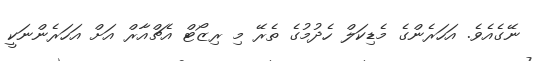
ނޭގެއެވެ. އަހަރެންގެ މެޑިކަލް ހެދުމުގެ ތެރޭ މި ރިޒޯޓް އެޗްއާރް އަށް އަހަރެންނަކީ